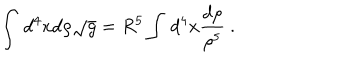
LaTeX: \int \, d ^ { 4 } x d \rho { \sqrt g } = R ^ { 5 } \int \, d ^ { 4 } x \frac { d \rho } { \rho ^ { 5 } } \ .